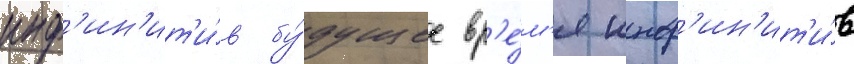
инф'ин'ит'и́в бу́дущее вр'е́м'я инф'ин'ит'и́в